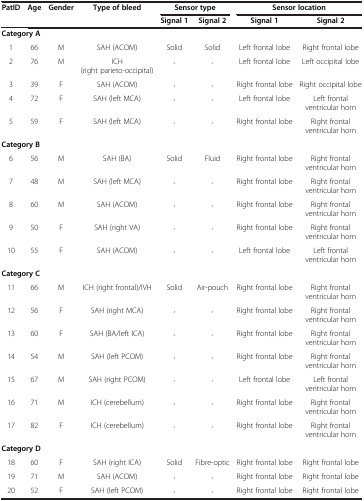
| PatID | Age | Gender | Type of bleed | <COLSPAN=2> Sensor type | <COLSPAN=2> Sensor location |
 |  |  |  |  | Signal 1 | Signal 2 | Signal 1 | Signal 2 |
 | --- | --- | --- | --- | --- | --- | --- | --- |
 | <COLSPAN=2> Category A |  |  |  |  |  |  |
 | 1 | 66 | M | SAH (ACOM) | Solid | Solid | Left frontal lobe | Right frontal lobe |
 | 2 | 76 | M | ICH (right parieto-occipital) | “ | “ | Left frontal lobe | Left occipital lobe |
 | 3 | 39 | F | SAH (ACOM) | “ | “ | Right frontal lobe | Right occipital lobe |
 | 4 | 72 | F | SAH (left MCA) | “ | “ | Left frontal lobe | Left frontal ventricular horn |
 | 5 | 59 | F | SAH (left MCA) | “ | “ | Right frontal lobe | Right frontal ventricular horn |
 | <COLSPAN=3> Category B |  |  |  |  |  |
 | 6 | 56 | M | SAH (BA) | Solid | Fluid | Right frontal lobe | Right frontal ventricular horn |
 | 7 | 48 | M | SAH (left MCA) | “ | “ | Right frontal lobe | Right frontal ventricular horn |
 | 8 | 60 | M | SAH (ACOM) | “ | “ | Right frontal lobe | Right frontal ventricular horn |
 | 9 | 50 | F | SAH (right VA) | “ | “ | Right frontal lobe | Right frontal ventricular horn |
 | 10 | 55 | F | SAH (ACOM) | “ | “ | Left frontal lobe | Left frontal ventricular horn |
 | <COLSPAN=3> Category C |  |  |  |  |  |
 | 11 | 66 | M | ICH (right frontal)/IVH | Solid | Air-pouch | Right frontal lobe | Right frontal ventricular horn |
 | 12 | 56 | F | SAH (right MCA) | “ | “ | Right frontal lobe | Right frontal ventricular horn |
 | 13 | 60 | F | SAH (BA/left ICA) | “ | “ | Right frontal lobe | Right frontal ventricular horn |
 | 14 | 54 | M | SAH (left PCOM) | “ | “ | Right frontal lobe | Right frontal ventricular horn |
 | 15 | 67 | M | SAH (right PCOM) | “ | “ | Left frontal lobe | Left frontal ventricular horn |
 | 16 | 71 | M | ICH (cerebellum) | “ | “ | Right frontal lobe | Right frontal ventricular horn |
 | 17 | 82 | F | ICH (cerebellum) | “ | “ | Right frontal lobe | Right frontal ventricular horn |
 | <COLSPAN=3> Category D |  |  |  |  |  |
 | 18 | 60 | F | SAH (right ICA) | Solid | Fibre-optic | Right frontal lobe | Right frontal lobe |
 | 19 | 71 | M | SAH (ACOM) | “ | “ | Right frontal lobe | Right frontal lobe |
 | 20 | 52 | F | SAH (left PCOM) | “ | “ | Right frontal lobe | Right frontal lobe |